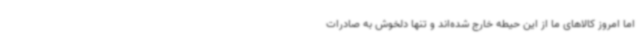
اما امروز کالاهای ما از این حیطه خارج شده‌اند و تنها دلخوش به صادرات